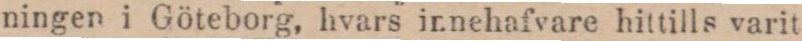
ningen i Göteborg, hvars innehafvare hittills varit